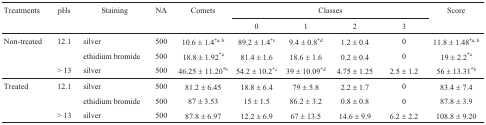
| Treatments | pHs | Staining | NA | Comets | <COLSPAN=4> Classes | Score |
 |  |  |  |  |  | 0 | 1 | 2 | 3 |  |
 | --- | --- | --- | --- | --- | --- | --- | --- | --- | --- |
 | Non-treated | 12.1 | silver | 500 | 10.6 ± 1.4*a, b | 89.2 ± 1.4*c | 9.4 ± 0.8*d | 1.2 ± 0.4 | 0 | 11.8 ± 1.48*a, b |
 |  |  | ethidium bromide | 500 | 18.8 ± 1.92*a | 81.4 ± 1.6 | 18.6 ± 1.6 | 0.2 ± 0.4 | 0 | 19 ± 2.2*a |
 |  | > 13 | silver | 500 | 46.25 ± 11.20*b | 54.2 ± 10.2*c | 39 ± 10.09*d | 4.75 ± 1.25 | 2.5 ± 1.2 | 56 ± 13.31*b |
 | Treated | 12.1 | silver | 500 | 81.2 ± 6.45 | 18.8 ± 6.4 | 79 ± 5.8 | 2.2 ± 1.7 | 0 | 83.4 ± 7.4 |
 |  |  | ethidium bromide | 500 | 87 ± 3.53 | 15 ± 1.5 | 86.2 ± 3.2 | 0.8 ± 0.8 | 0 | 87.8 ± 3.9 |
 |  | > 13 | silver | 500 | 87.8 ± 6.97 | 12.2 ± 6.9 | 67 ± 13.5 | 14.6 ± 9.9 | 6.2 ± 2.2 | 108.8 ± 9.20 |